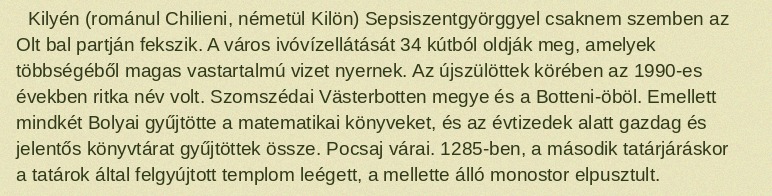
Kilyén (románul Chilieni, németül Kilön) Sepsiszentgyörggyel csaknem szemben az Olt bal partján fekszik. A város ivóvízellátását 34 kútból oldják meg, amelyek többségéből magas vastartalmú vizet nyernek. Az újszülöttek körében az 1990-es években ritka név volt. Szomszédai Västerbotten megye és a Botteni-öböl. Emellett mindkét Bolyai gyűjtötte a matematikai könyveket, és az évtizedek alatt gazdag és jelentős könyvtárat gyűjtöttek össze. Pocsaj várai. 1285-ben, a második tatárjáráskor a tatárok által felgyújtott templom leégett, a mellette álló monostor elpusztult.